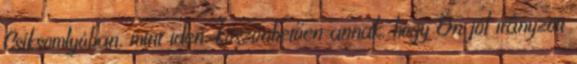
Csíksomlyóban, mint idén, köszönhetően annak, hogy Ön jól irányzott